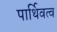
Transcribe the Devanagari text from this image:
पार्थिवत्व